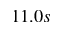
1 1 . 0 s